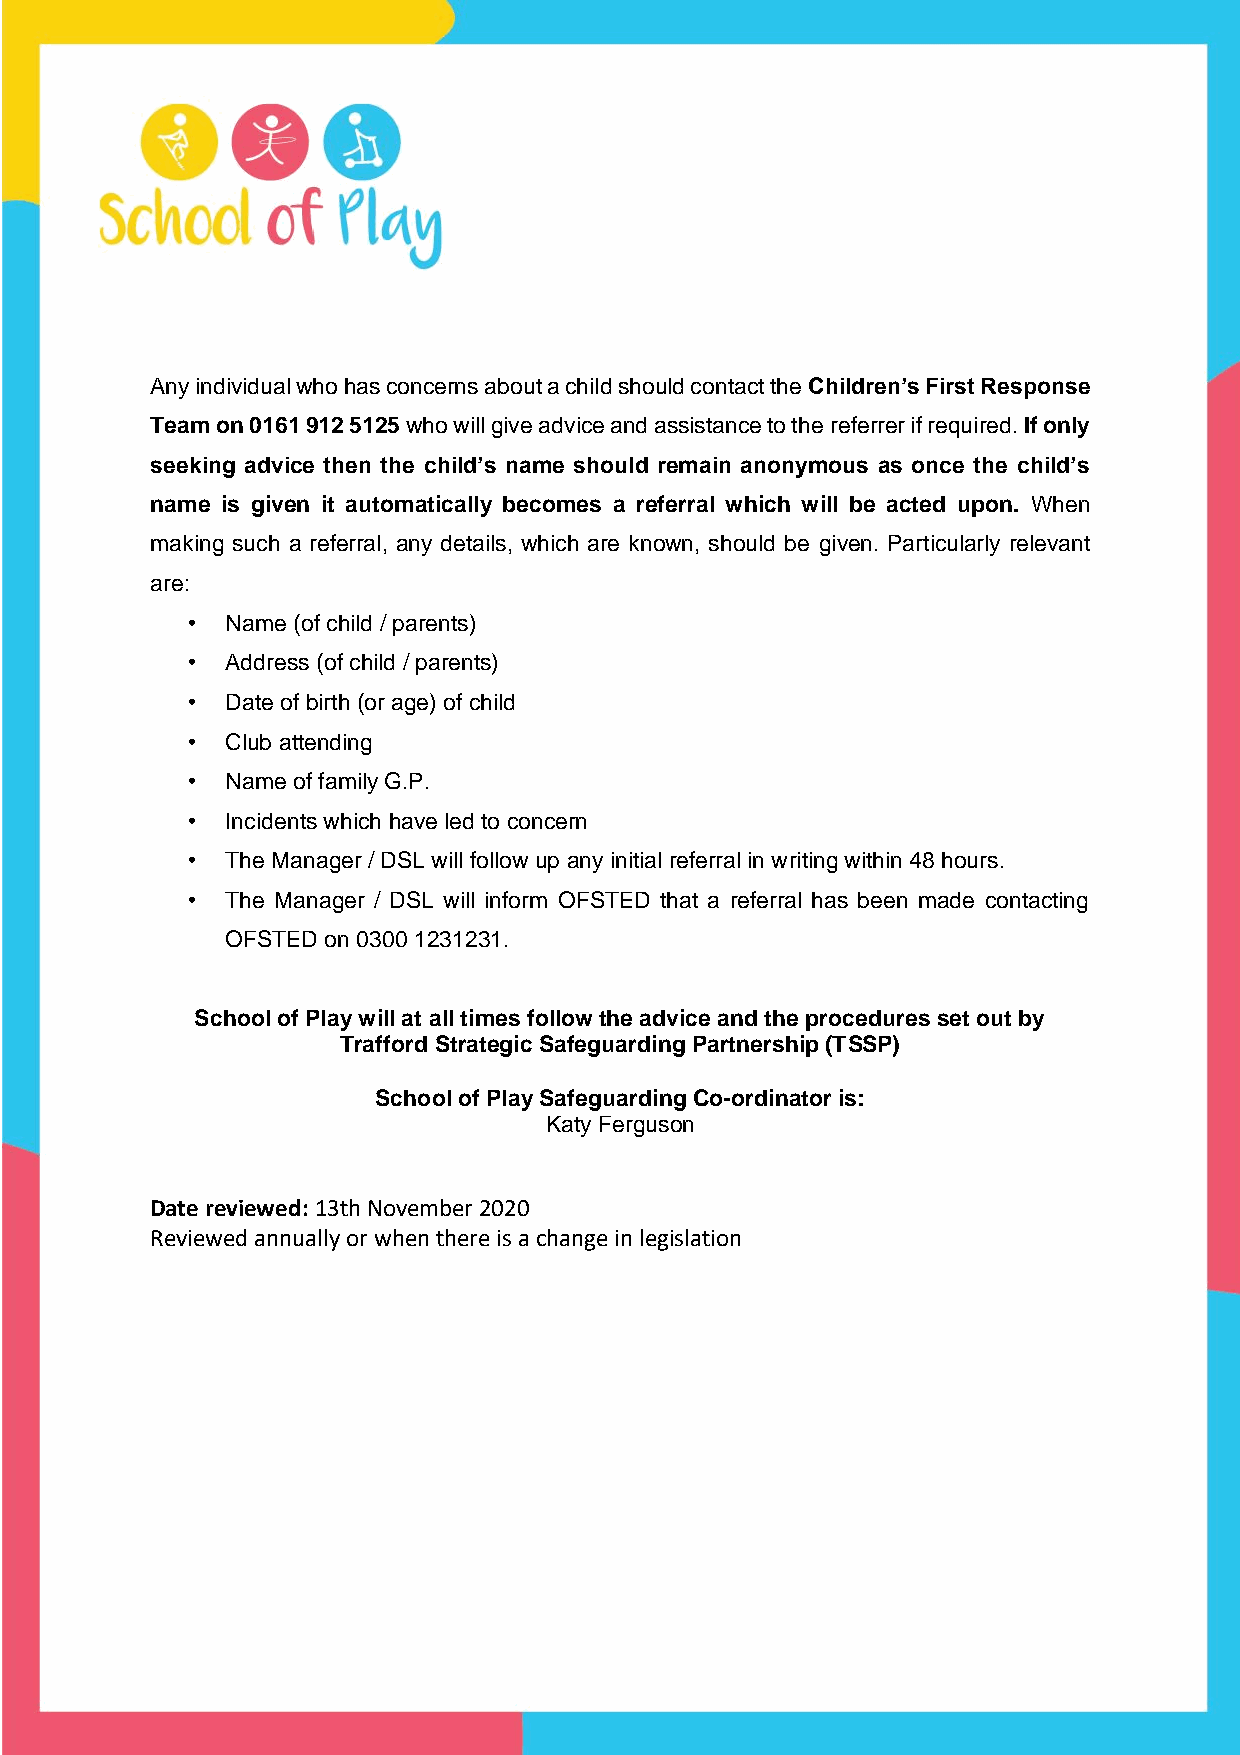
Any individual who has concerns about a child should contact the Children’s First Response
 Team on 0161 912 5125 who will give advice and assistance to the referrer if required. If only
 seeking advice then the child’s name should remain anonymous as once the child’s
 name is given it automatically becomes a referral which will be acted upon. When
 making such a referral, any details, which are known, should be given. Particularly relevant
 are:
 •  Name (of child / parents)
 •  Address (of child / parents)
 •  Date of birth (or age) of child
 •  Club attending
 •  Name of family G.P.
 •  Incidents which have led to concern
 •  The Manager / DSL will follow up any initial referral in writing within 48 hours.
 •  The Manager / DSL will inform OFSTED that a referral has been made contacting
 OFSTED on 0300 1231231.
 School of Play will at all times follow the advice and the procedures set out by
 Trafford Strategic Safeguarding Partnership (TSSP)
 School of Play Safeguarding Co-ordinator is:
 Katy Ferguson
 Date reviewed: 13th November 2020
 Reviewed annually or when there is a change in legislation